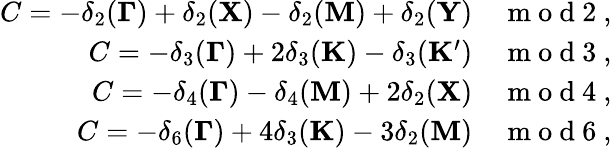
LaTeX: \begin{array}{r}{C=-\delta_{2}({\mathbf\Gamma})+\delta_{2}({\mathbf X})-\delta_{2}({\mathbf M})+\delta_{2}({\mathbf Y})\quad\mathrm{~m~o~d~2~},}\\ {C=-\delta_{3}({\mathbf\Gamma})+2\delta_{3}({\mathbf K})-\delta_{3}({\mathbf K^{\prime}})\quad\mathrm{~m~o~d~3~},}\\ {C=-\delta_{4}({\mathbf\Gamma})-\delta_{4}({\mathbf M})+2\delta_{2}({\mathbf X})\quad\mathrm{~m~o~d~4~},}\\ {C=-\delta_{6}({\mathbf\Gamma})+4\delta_{3}({\mathbf K})-3\delta_{2}({\mathbf M})\quad\mathrm{~m~o~d~6~},}\end{array}